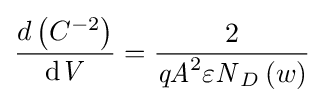
{\frac {d\left({C}^{-2}\right)}{{\text{d}}{\mathit {V}}}}={\frac {2}{{\mathit {qA}}^{2}{\mathit {\varepsilon N}}_{D}\left(w\right)}}